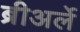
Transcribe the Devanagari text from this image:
ब्रीअर्ले